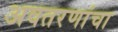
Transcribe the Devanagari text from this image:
अवतरणांचा